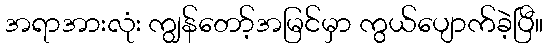
အရာအားလုံး ကျွန်တော့်အမြင်မှာ ကွယ်ပျောက်ခဲ့ပြီ။